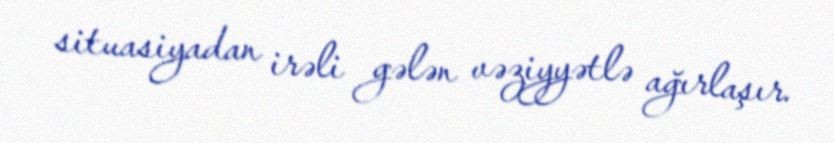
situasiyadan irəli gələn vəziyyətlə ağırlaşır.